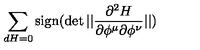
\sum _ { d H = 0 } \mathrm { s i g n } ( \det | | { \frac { \partial ^ { 2 } H } { \partial \phi ^ { \mu } \partial \phi ^ { \nu } } } | | )